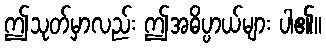
ဤသုတ်မှာလည်း ဤအဓိပ္ပာယ်များ ပါ၏။